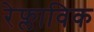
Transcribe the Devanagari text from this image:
रेफ्लाविक